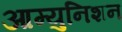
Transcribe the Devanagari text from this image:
आम्युनिशन